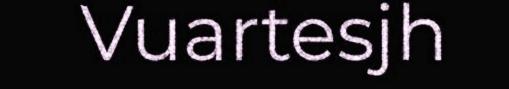
Vuartesjh